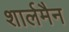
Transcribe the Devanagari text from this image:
शार्लमैन